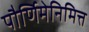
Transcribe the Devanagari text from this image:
पौर्णिमेनिमित्त